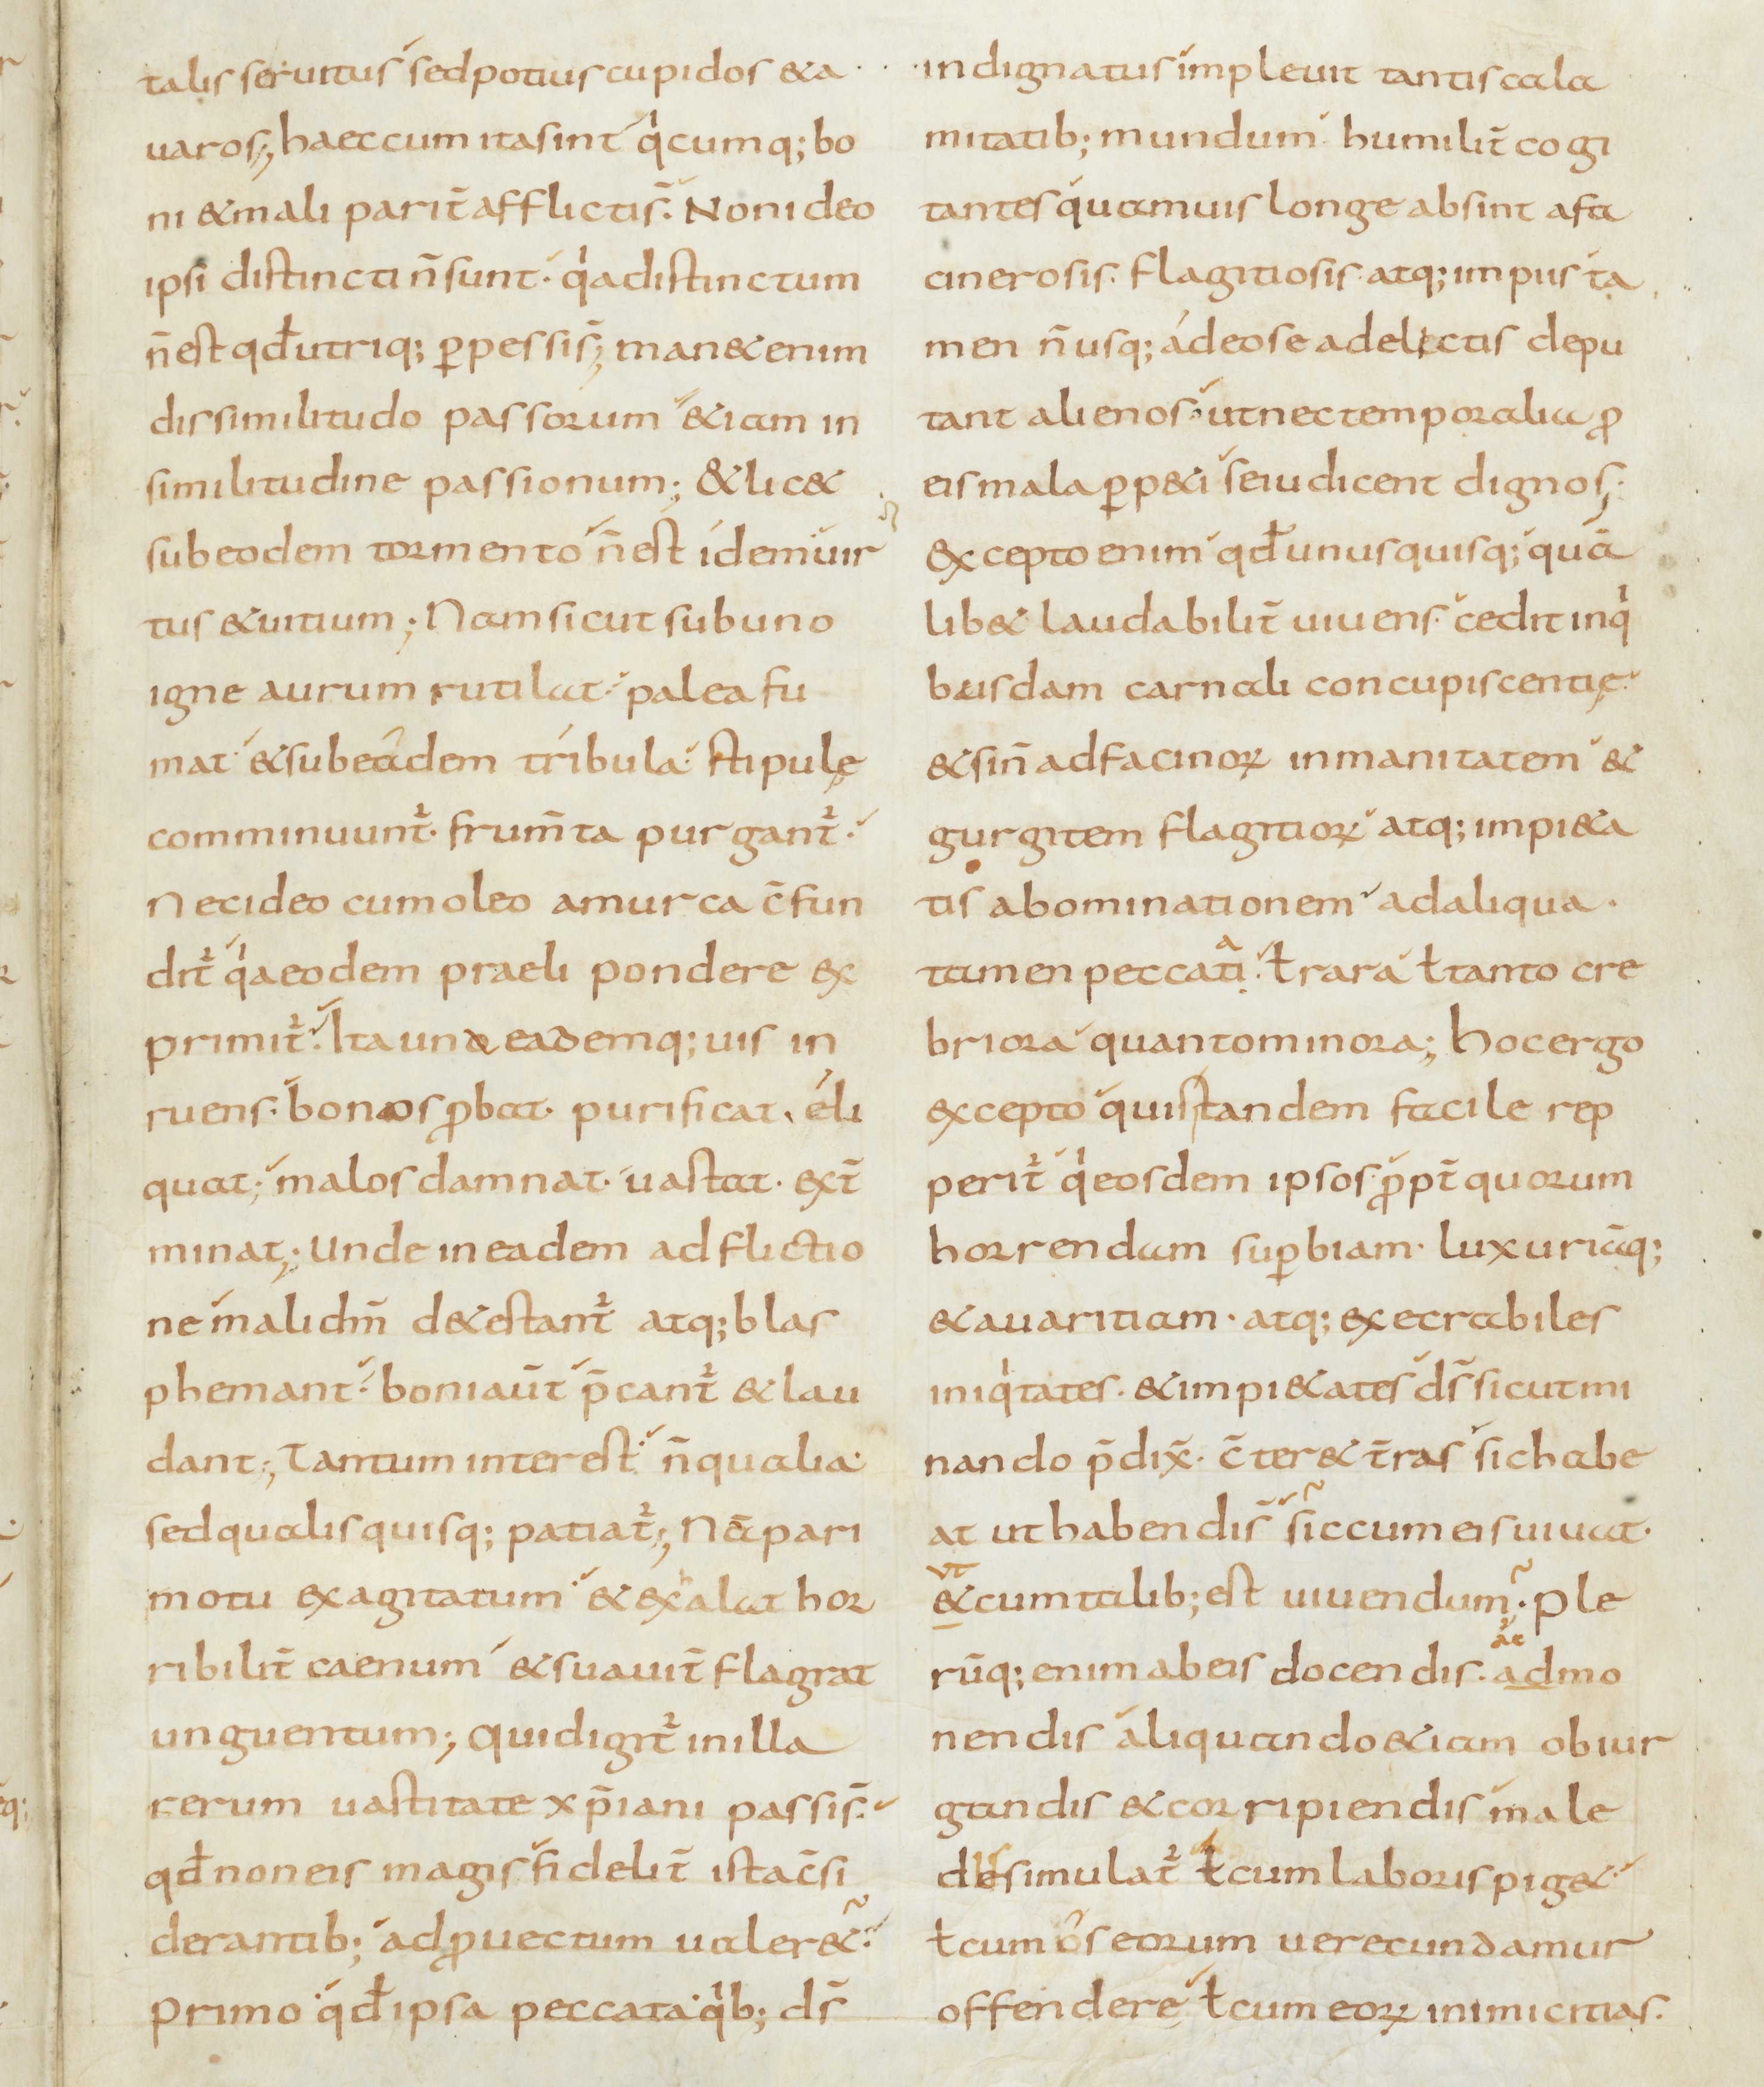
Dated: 800–899